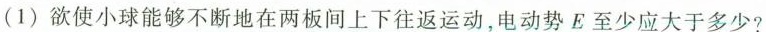
(1) 欲使小球能够不断地在两板间上下往返运动，电动势E至少应大于多少?